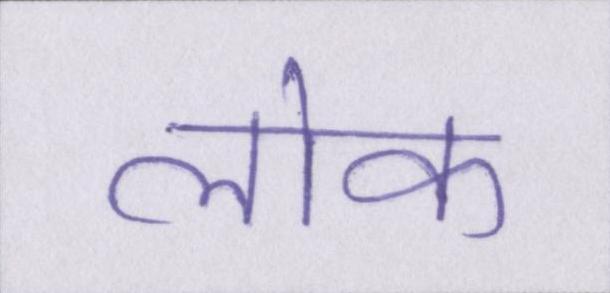
लॊक